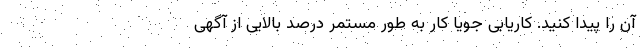
آن را پیدا کنید. کاریابی جویا کار به طور مستمر درصد بالایی از آگهی